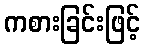
ကစားခြင်းဖြင့်